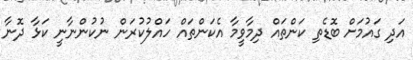
އަދި ގައުމަށް ބޮޑެތި ކަންތައް ދިމާވީމާ އެކަންތައް ހައްލުކުރަން ނުކުންނާނީ ކަޅާ ދޮނާ